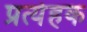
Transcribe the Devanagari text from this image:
प्रत्येहक